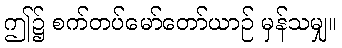
ဤ၌ စက်တပ်မော်တော်ယာဉ် မှန်သမျှ။